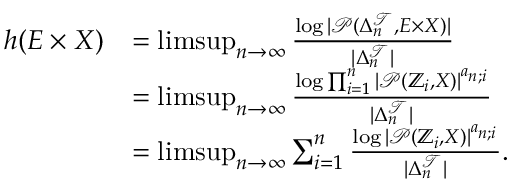
\begin{array} { r l } { h ( E \times X ) } & { = \operatorname* { l i m s u p } _ { n \to \infty } \frac { \log | \mathcal { P } ( \Delta _ { n } ^ { \mathcal { T } } , E \times X ) | } { | \Delta _ { n } ^ { \mathcal { T } } | } } \\ & { = \operatorname* { l i m s u p } _ { n \to \infty } \frac { \log \prod _ { i = 1 } ^ { n } | \mathcal { P } ( \mathbb { Z } _ { i } , X ) | ^ { a _ { n ; i } } } { | \Delta _ { n } ^ { \mathcal { T } } | } } \\ & { = \operatorname* { l i m s u p } _ { n \to \infty } \sum _ { i = 1 } ^ { n } \frac { \log | \mathcal { P } ( \mathbb { Z } _ { i } , X ) | ^ { a _ { n ; i } } } { | \Delta _ { n } ^ { \mathcal { T } } | } . } \end{array}